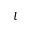
l